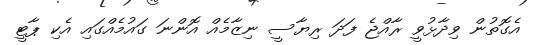
އެގޮތުން ވިދާޅުވީ ރާއްޖެ ފަދަ ރިޔާސީ ނިޒާމެއް އޮންނަ ގައުމެއްގައި އެކި ޕާޓީ